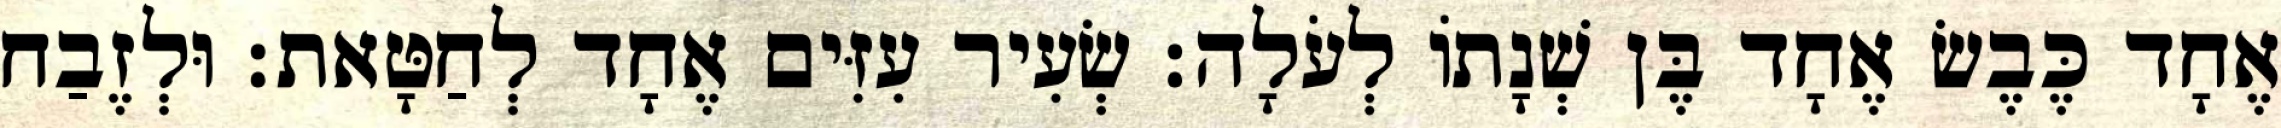
אֶחָד כֶּבֶשׂ אֶחָד בֶּן שְׁנָתוֹ לְעֹלָה׃ שְׂעִיר עִזִּים אֶחָד לְחַטָּאת׃ וּלְזֶבַח